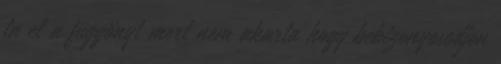
ta el a függönyt mert nem akarta hogy bebizonyosodjon